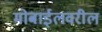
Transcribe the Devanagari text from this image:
मोबाईलवरील